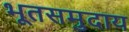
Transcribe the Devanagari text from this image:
भूतसमुदाय